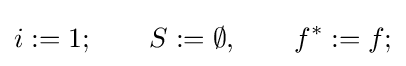
i:=1;\qquad S:=\emptyset ,\qquad f^{*}:=f;